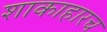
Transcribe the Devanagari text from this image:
शाकाहारच